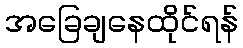
အခြေချနေထိုင်ရန်